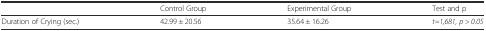
<table><thead><tr><td></td><td><b>Control Group</b></td><td><b>Experimental Group</b></td><td><b>Test and p</b></td></tr></thead><tbody><tr><td>Duration of Crying (sec.)</td><td>42.99 ± 20.56</td><td>35.64 ± 16.26</td><td><i>t=1,681, p &gt; 0.05</i></td></tr></tbody></table>